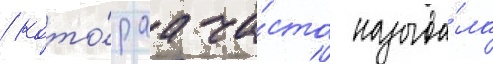
/ кото́раа ча́сто называ́ла